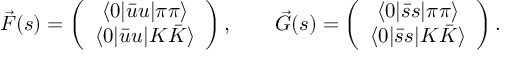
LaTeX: \vec { F } ( s ) = \left( \begin{array} { c } { { \langle 0 | \bar { u } u | \pi \pi \rangle } } \\ { { \langle 0 | \bar { u } u | K \bar { K } \rangle } } \end{array} \right) , \qquad \vec { G } ( s ) = \left( \begin{array} { c } { { \langle 0 | \bar { s } s | \pi \pi \rangle } } \\ { { \langle 0 | \bar { s } s | K \bar { K } \rangle } } \end{array} \right) .